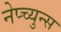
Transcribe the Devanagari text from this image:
नेप्च्युन्स